Annual report on the Civil Veterinary Department, Burma (including the Insein Veterinary School) - 1932-1941
Year: 1932
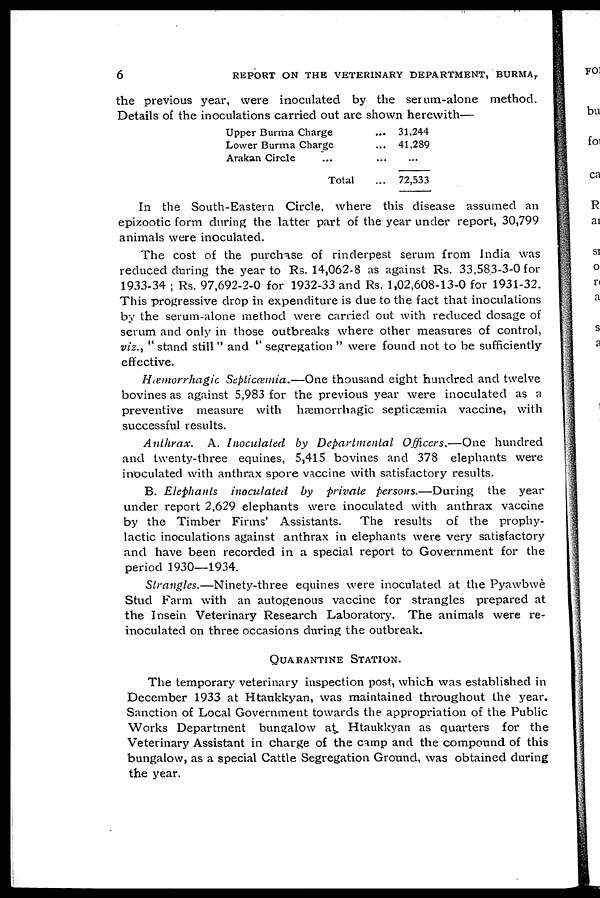
6
REPORT ON THE VETERINARY DEPARTMENT, BURMA,
the previous year, were inoculated by the serum-alone method.
Details of the inoculations carried out are shown herewith—
Upper Burma Charge
Lower Burma Charge
Arakan Circle ...
Total
...
...
...
...
31,244
41,289
...
72,533
In the South-Eastern Circle, where this disease assumed an
epizootic form during the latter part of the year under report, 30,799
animals were inoculated.
The cost of the purchase of rinderpest serum from India was
reduced during the year to Rs. 14,062-8 as against Rs. 33,583-3-0 for
1933-34 ; Rs. 97,692-2-0 for 1932-33 and Rs. 1,02,608-13-0 for 1931-32.
This progressive drop in expenditure is due to the fact that inoculations
by the serum-alone method were carried out with reduced dosage of
serum and only in those outbreaks where other measures of control,
viz., " stand still" and " segregation " were found not to be sufficiently
effective.
Hæmorrhagic Septicæmia.—One thousand eight hundred and twelve
bovines as against 5,983 for the previous year were inoculated as a
preventive measure with hæmorrhagic septicæmia vaccine, with
successful results.
Anthrax. A. Inoculated by Departmental Officers.—One hundred
and twenty-three equines, 5,415 bovines and 378 elephants were
inoculated with anthrax spore vaccine with satisfactory results.
B. Elephants inoculated by private persons.—During the year
under report 2,629 elephants were inoculated with anthrax vaccine
by the Timber Firms' Assistants. The results of the prophy-
lactic inoculations against anthrax in elephants were very satisfactory
and have been recorded in a special report to Government for the
period 1930—1934.
Strangles.—Ninety-three equines were inoculated at the Pyawbwè
Stud Farm with an autogenous vaccine for strangles prepared at
the Insein Veterinary Research Laboratory. The animals were re-
inoculated on three occasions during the outbreak.
QUARANTINE STATION.
The temporary veterinary inspection post, which was established in
December 1933 at Htaukkyan, was maintained throughout the year.
Sanction of Local Government towards the appropriation of the Public
Works Department bungalow at Htaukkyan as quarters for the
Veterinary Assistant in charge of the camp and the compound of this
bungalow, as a special Cattle Segregation Ground, was obtained during
the year.